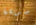
صديقها